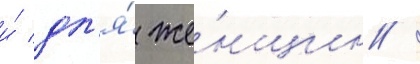
и́ дл'я́ же́нщин /